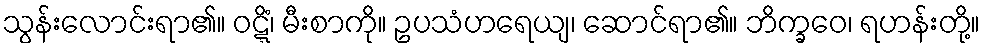
သွန်းလောင်းရာ၏။ ဝဋ္ဋိံ၊ မီးစာကို။ ဥပသံဟရေယျ၊ ဆောင်ရာ၏။ ဘိက္ခဝေ၊ ရဟန်းတို့။